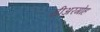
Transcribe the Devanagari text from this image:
सीअरगोह